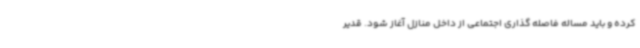
کرده و باید مساله فاصله گذاری اجتماعی از داخل منازل آغاز شود. قدیر